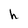
Character: h